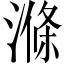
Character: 滌